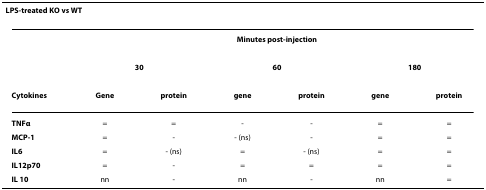
| <COLSPAN=7> LPS-treated KO vs WT |
 | --- | --- | --- | --- | --- | --- | --- |
 |  | <COLSPAN=6> Minutes post-injection |
 |  | <COLSPAN=2> 30 | <COLSPAN=2> 60 | <COLSPAN=2> 180 |
 | Cytokines | Gene | protein | gene | protein | gene | protein |
 | TNFα | = | = | - | - | = | = |
 | MCP-1 | = | - | - (ns) | - | = | = |
 | IL6 | = | - (ns) | = | - (ns) | = | = |
 | IL12p70 | = | - | = | = | = | = |
 | IL 10 | nn | - | nn | - | nn | = |